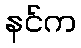
နင်က